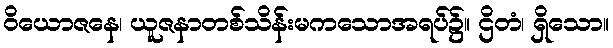
ဝိယောဇနေ၊ ယူဇနာတစ်သိန်းမကသောအရပ်၌။ ဌိတံ၊ ရှိသော။